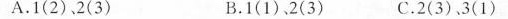
A.1(2)，2(3) B.1(1)，2(3) C.2(3)、3(1)